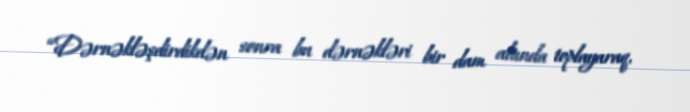
“Dərnəkləşdirdikdən sonra bu dərnəkləri bir dam altında toplayaraq,